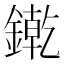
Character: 𨫬